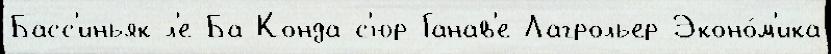
Басс'иньяк-л'е-Ба Конда-с'юр-Ганав'е Лагрольер Эконо́м'ика